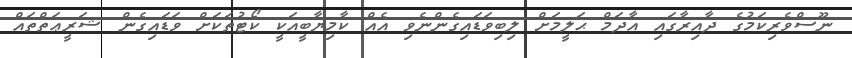
ނޫސްވެރިކަމުގެ ދާއިރާގައި އާދަމް ޙަލީމަށް ލިބިވަޑައިގެންނެވި އެއް ކާމިޔާބީއަކީ ކޯޓުތަކަށް ވަޑައިގެން ޝަރީޢަތްތައް